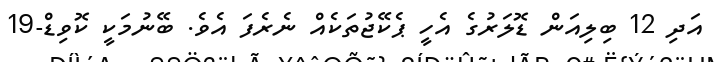
އަދި 12 ބިލިއަން ޑޮލަރުގެ އެހީ ޕެކޭޖުތަކެއް ނެރެފަ އެވެ. ބޭނުމަކީ ކޮވިޑް-19